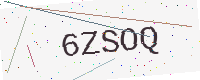
Text: 6ZSOQ